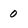
Character: 0